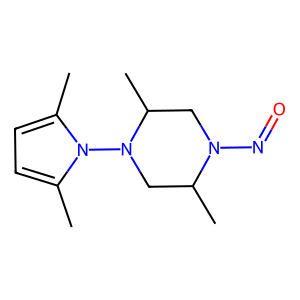
SMILES: Cc1ccc(C)n1N1CC(C)N(N=O)CC1C
Inhibits HIV replication: No